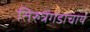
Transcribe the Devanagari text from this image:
तिरुत्रेंगडाचार्य